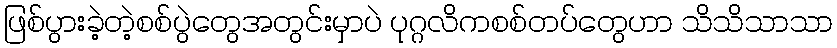
ဖြစ်ပွားခဲ့တဲ့စစ်ပွဲတွေအတွင်းမှာပဲ ပုဂ္ဂလိကစစ်တပ်တွေဟာ သိသိသာသာ